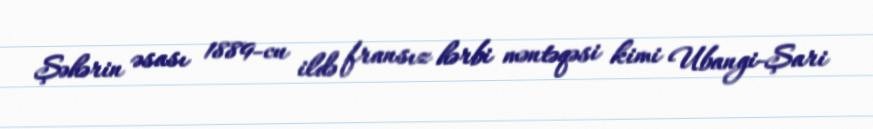
Şəhərin əsası 1889-cu ildə fransız hərbi məntəqəsi kimi Ubangi-Şari